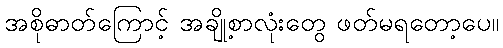
အစိုဓာတ်ကြောင့် အချို့စာလုံးတွေ ဖတ်မရတော့ပေ။